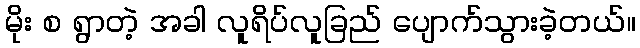
မိုး စ ရွာတဲ့ အခါ လူရိပ်လူခြည် ပျောက်သွားခဲ့တယ်။